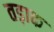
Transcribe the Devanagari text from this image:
तड़ाक